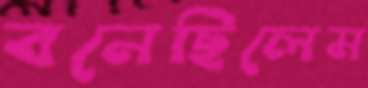
বনেছিলেম